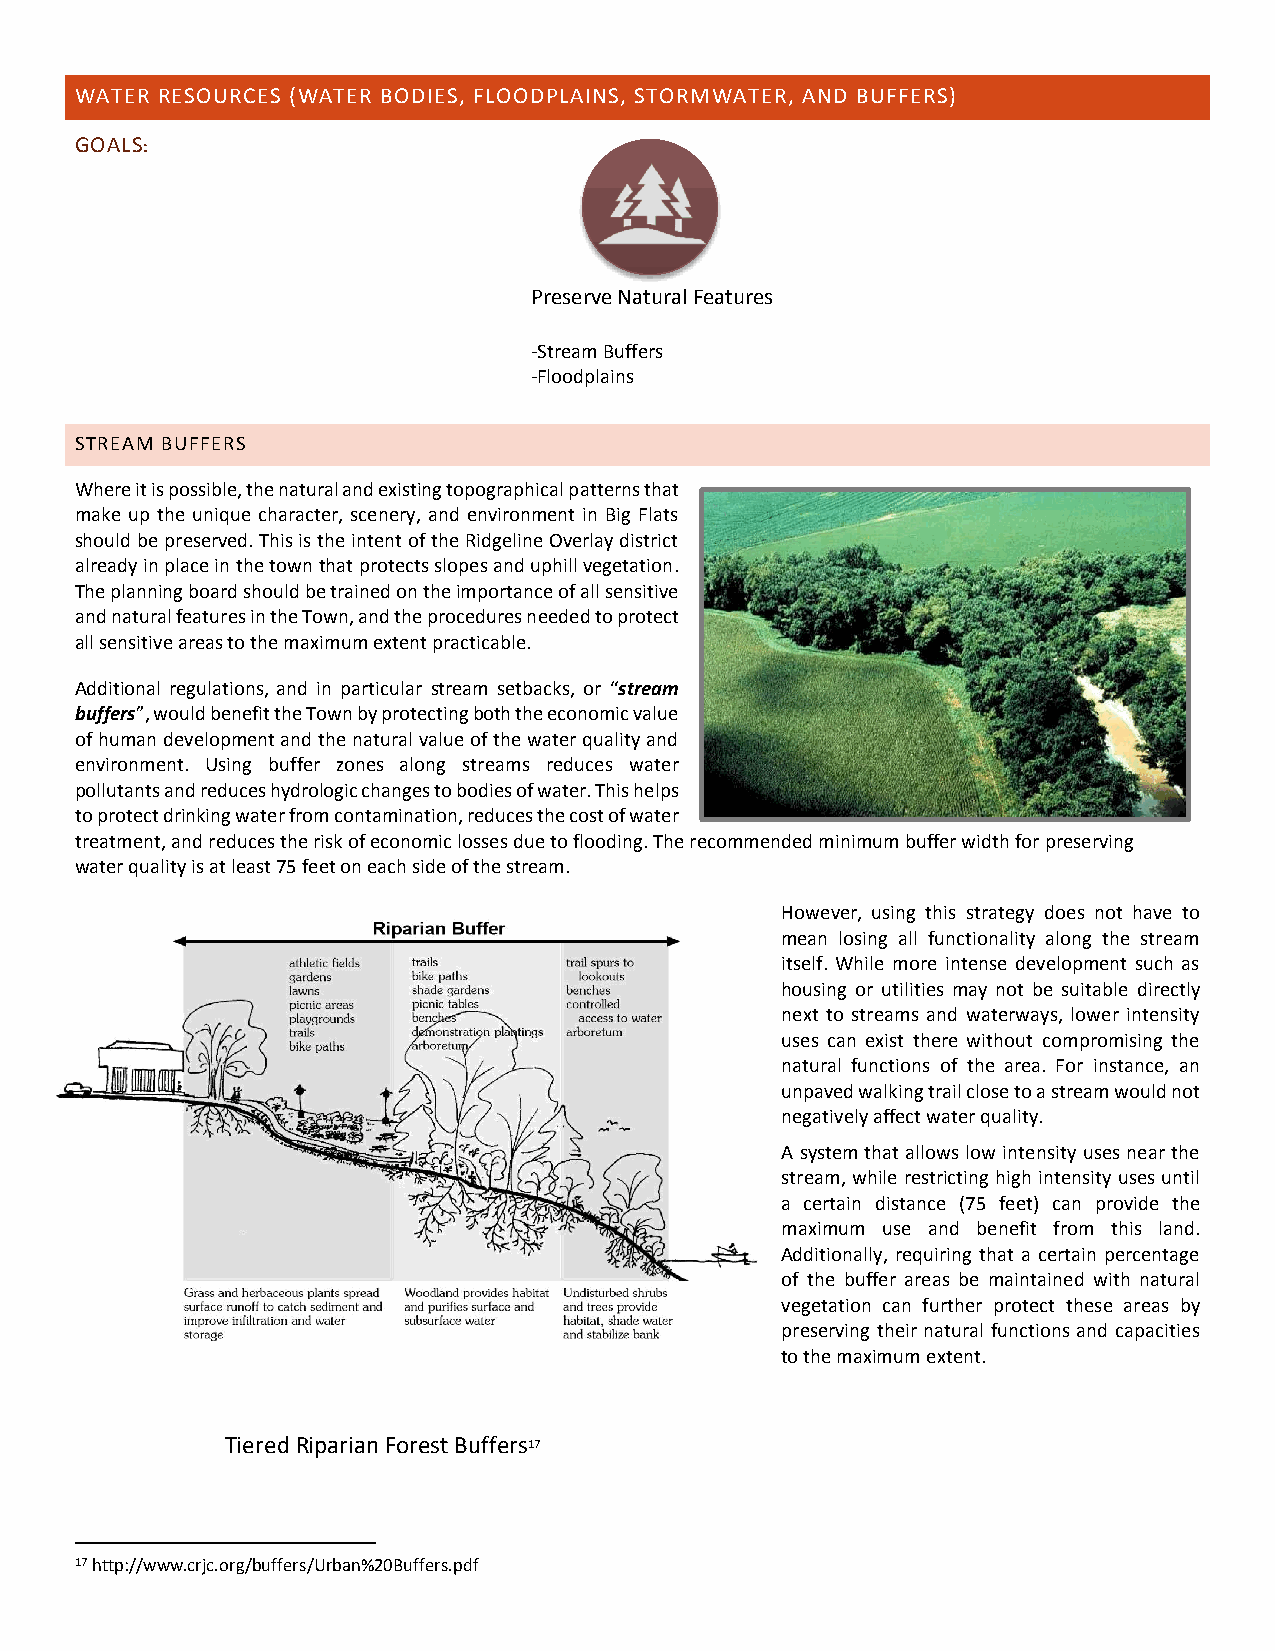
WATER RESOURCES (WATER BODIES, FLOODPLAINS, STORMWATER, AND BUFFERS)
 GOALS:
 Preserve Natural Features
 -Stream Buffers
 -Floodplains
 STREAM BUFFERS
 Where it is possible, the natural and existing topographical patterns that
 make up the unique character, scenery, and environment in Big Flats
 should be preserved. This is the intent of the Ridgeline Overlay district
 already in place in the town that protects slopes and uphill vegetation.
 The planning board should be trained on the importance of all sensitive
 and natural features in the Town, and the procedures needed to protect
 all sensitive areas to the maximum extent practicable.
 Additional regulations, and in particular stream setbacks, or “stream
 buffers”, would benefit the Town by protecting both the economic value
 of human development and the natural value of the water quality and
 environment. Using buffer zones along streams reduces water
 pollutants and reduces hydrologic changes to bodies of water. This helps
 to protect drinking water from contamination, reduces the cost of water
 treatment, and reduces the risk of economic losses due to flooding. The recommended minimum buffer width for preserving
 water quality is at least 75 feet on each side of the stream.
 However, using this strategy does not have to
 mean losing all functionality along the stream
 itself. While more intense development such as
 housing or utilities may not be suitable directly
 next to streams and waterways, lower intensity
 uses can exist there without compromising the
 natural functions of the area. For instance, an
 unpaved walking trail close to a stream would not
 negatively affect water quality.
 A system that allows low intensity uses near the
 stream, while restricting high intensity uses until
 a certain distance (75 feet) can provide the
 maximum use and benefit from this land.
 Additionally, requiring that a certain percentage
 of the buffer areas be maintained with natural
 vegetation can further protect these areas by
 preserving their natural functions and capacities
 to the maximum extent.
 Tiered Riparian Forest Buffers17
 17 http://www.crjc.org/buffers/Urban%20Buffers.pdf